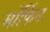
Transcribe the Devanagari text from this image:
माॅर्फिन